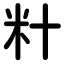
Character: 籵